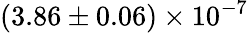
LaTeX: (3.86\pm 0.06)\times 10^{-7}